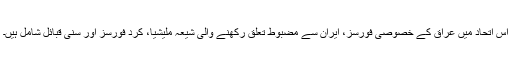
اس اتحاد میں عراق کے خصوصی فورسز، ایران سے مضبوط تعلق رکھنے والی شیعہ ملیشیا، کرد فورسز اور سنی قبائل شامل ہیں۔